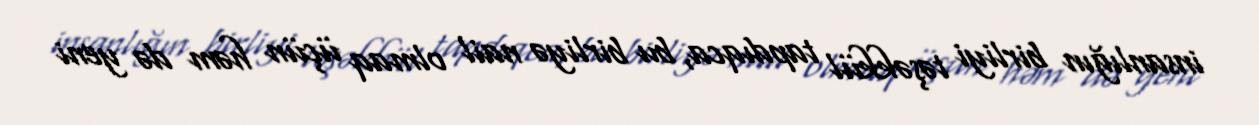
insanlığın birliyi təşəkkül tapdıqca, bu birliyə nail olmaq üçün həm də yeni